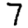
Digit: 7